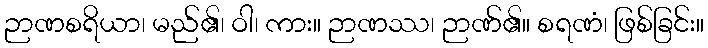
ဉာဏစရိယာ၊ မည်၏၊ ဝါ၊ ကား။ ဉာဏဿ၊ ဉာဏ်၏။ စရဏံ၊ ဖြစ်ခြင်း။